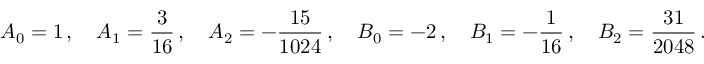
A _ { 0 } = 1 \, , \quad A _ { 1 } = \frac { 3 } { 1 6 } \, , \quad A _ { 2 } = - \frac { 1 5 } { 1 0 2 4 } \, , \quad B _ { 0 } = - 2 \, , \quad B _ { 1 } = - \frac { 1 } { 1 6 } \, , \quad B _ { 2 } = \frac { 3 1 } { 2 0 4 8 } \, .